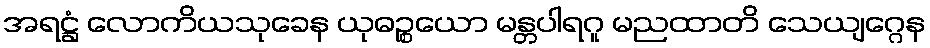
အရဋ္ဌံ လောကိယသုခေန ယုဓဉ္စယော မန္တပါရဂူ မညထာတိ သေယျဂ္ဂေန